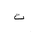
Letter: _ta